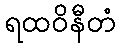
ရထဝိနီတံ